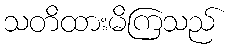
သတိထားမိကြသည်